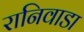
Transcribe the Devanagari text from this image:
रानिवाडा